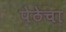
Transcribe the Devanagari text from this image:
पेठेचा